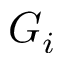
G _ { i }